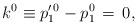
LaTeX: \begin{align*}k^{0} \equiv p_{1}^{\prime\,0} - p_1^{0}\,=\,0,\end{align*}